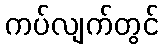
ကပ်လျက်တွင်